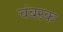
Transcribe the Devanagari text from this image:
चंबरक